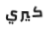
كيري